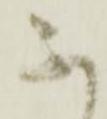
不